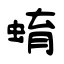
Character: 蜟